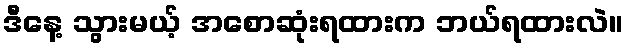
ဒီနေ့ သွားမယ့် အစောဆုံးရထားက ဘယ်ရထားလဲ။